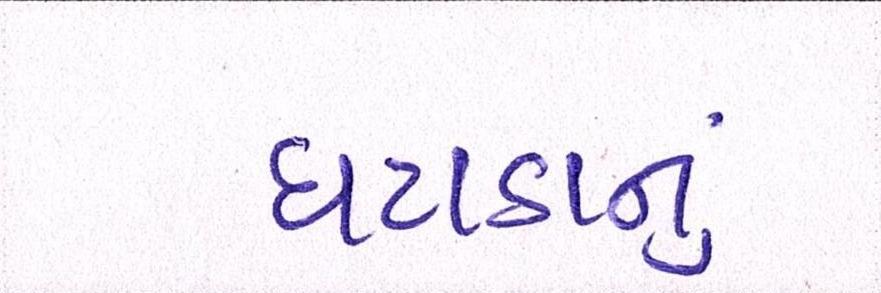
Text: ઘટાડાનું